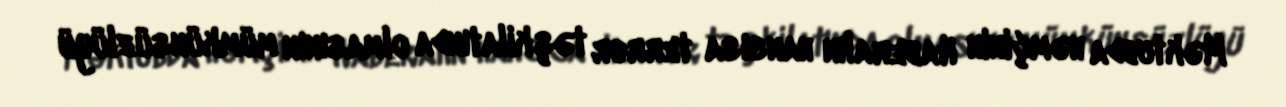
Məktubda həmçinin Haberalın hansısa terror təşkilatında olmasının mümkünsüzlüyü